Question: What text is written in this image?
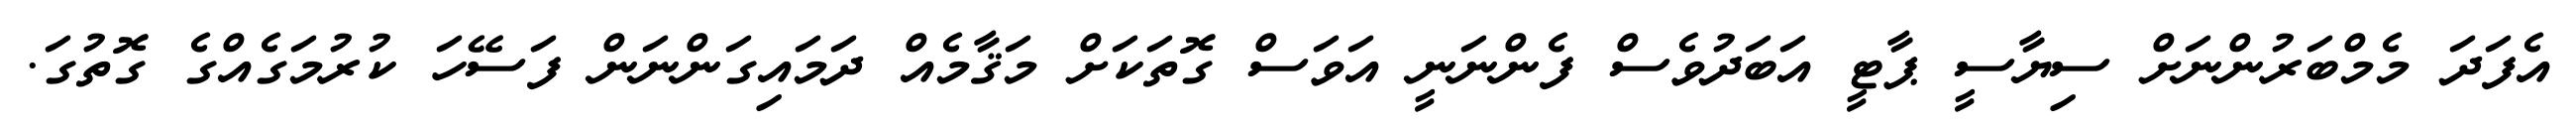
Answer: އެފަދަ މެމްބަރުންނަށް ސިޔާސީ ޕާޓީ އަބަދުވެސް ފެންނަނީ އަވަސް ގޮތަކަށް މަޤާމެއް ދަމައިގަންނަން ފަސޭހަ ކުރުމަގެއްގެ ގޮތުގަ.